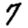
Digit: 7